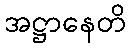
အဋ္ဌာနေတိ